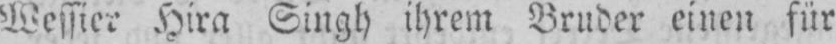
Wessier Hira Singh ihrem Bruder einen für